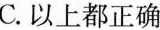
C. 以上都正确